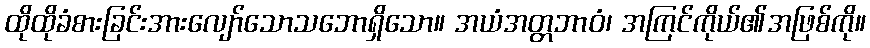
ထိုထိုခံစားခြင်းအားလျော်သောသဘောရှိသော။ အယံအတ္တဘာဝံ၊ အကြင်ကိုယ်၏အဖြစ်ကို။